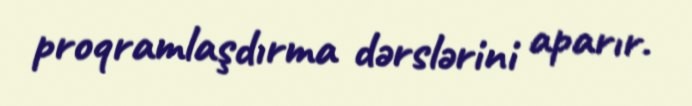
proqramlaşdırma dərslərini aparır.